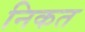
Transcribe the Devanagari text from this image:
निकत